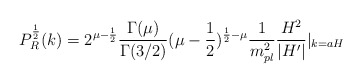
\begin{align*}P^{\frac{1}{2}}_{R}(k)=2^{\mu-\frac{1}{2}}\frac{\Gamma(\mu)}{\Gamma(3/2)}(\mu-\frac{1}{2})^{\frac{1}{2}-\mu}\frac{1}{m^2_{pl}}\frac{H^2}{|H'|}|_{k=aH}\end{align*}